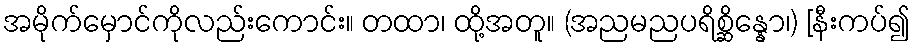
အမိုက်မှောင်ကိုလည်းကောင်း။ တထာ၊ ထို့အတူ။ (အညမညပရိစ္ဆိန္နော၊) [နီးကပ်၍